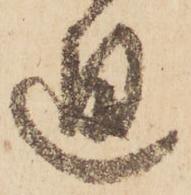
通